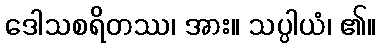
ဒေါသစရိတဿ၊ အား။ သပ္ပါယံ၊ ၏။